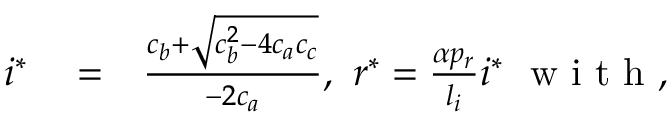
\begin{array} { r l r } { i ^ { * } } & { { } = } & { \frac { c _ { b } + \sqrt { c _ { b } ^ { 2 } - 4 c _ { a } c _ { c } } } { - 2 c _ { a } } , \ r ^ { * } = \frac { \alpha p _ { r } } { l _ { i } } i ^ { * } \mathrm { ~ \normalsize ~ w ~ i ~ t ~ h ~ , ~ } } \end{array}